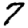
Digit: 7